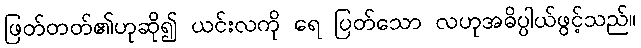
ဖြတ်တတ်၏ဟုဆို၍ ယင်းလကို ရေ ပြတ်သော လဟုအဓိပ္ပါယ်ဖွင့်သည်။